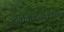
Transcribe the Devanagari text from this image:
रोगचिकित्सेकरिता